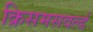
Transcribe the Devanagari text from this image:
क्रिसमसवर्ल्ड